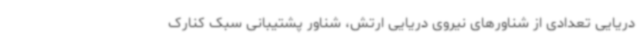
دریایی تعدادی از شناورهای نیروی دریایی ارتش، شناور پشتیبانی سبک کنارک